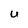
Character: U